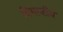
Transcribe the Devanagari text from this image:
विभाजीय